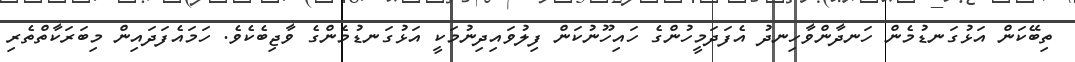
ތިބޭކަން އަޅުގަނޑުމެން ހަނދާންވާހިނދު އެފަދަމީހުންގެ ހައިހޫނުކަން ފިލުވައިދިނުމަކީ އަޅުގަނޑުމެންގެ ވާޖިބެކެވެ. ހަމައެފަދައިން މިބަރަކާތްތެރި